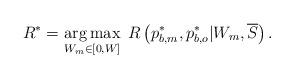
LaTeX: \begin{align*}{R^*} = \mathop {\arg \max }\limits_{{W_m} \in \left[ {0,W} \right]} \;R\left( {p_{b,m}^*,p_{b,o}^*|{W_m},\overline S } \right).\end{align*}